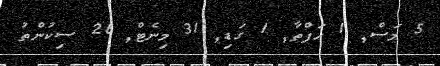
5 މަސް